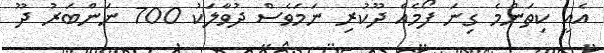
އެއީ ކިތަންމެ ގިނަ ފޯމެއް ދޫކުރި ނަމަވެސް ދުވާލަކު 700 ނަންބަރު ދޫ